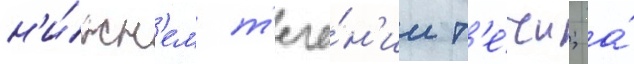
н'и́жн'ем т'ече́н'ии т'е́чи; а́